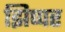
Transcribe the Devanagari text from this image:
झिप्पर